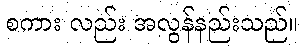
စကား လည်း အလွန်နည်းသည်။